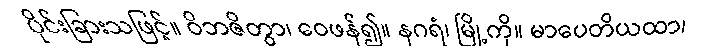
ပိုင်းခြားသဖြင့်။ ဝိဘဇိတွာ၊ ဝေဖန်၍။ နဂရံ၊ မြို့ကို။ မာပေတိယထာ၊